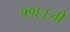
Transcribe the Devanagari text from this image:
११६६में